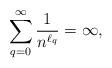
LaTeX: \begin{align*}\sum_{q=0}^{\infty}\frac{1}{n^{\ell_q}} = \infty,\quad\end{align*}